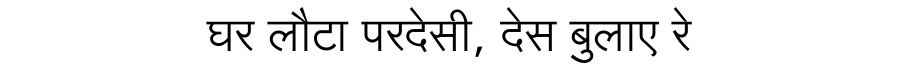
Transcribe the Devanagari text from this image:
घर लौटा परदेसी, देस बुलाए रे